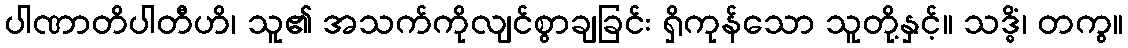
ပါဏာတိပါတီဟိ၊ သူ၏ အသက်ကိုလျင်စွာချခြင်း ရှိကုန်သော သူတို့နှင့်။ သဒ္ဓိံ၊ တကွ။